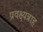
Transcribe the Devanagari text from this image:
प्रवक्ष्यन्नाह